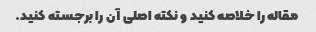
مقاله را خلاصه کنید و نکته اصلی آن را برجسته کنید.